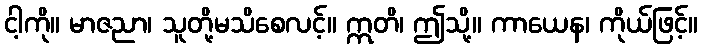
ငါ့ကို။ မာဇညာ၊ သူတို့မသိစေလင့်။ ဣတိ၊ ဤသို့။ ကာယေန၊ ကိုယ်ဖြင့်။